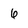
Character: 6